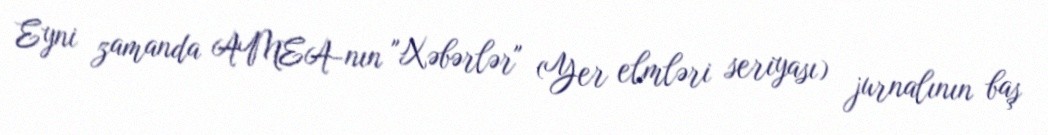
Eyni zamanda AMEA-nın "Xəbərlər" (Yer elmləri seriyası) jurnalının baş